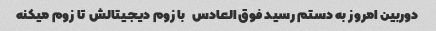
دوربین امروز به دستم رسید فوق العادس   با زوم دیجیتالش  تا زوم میکنه